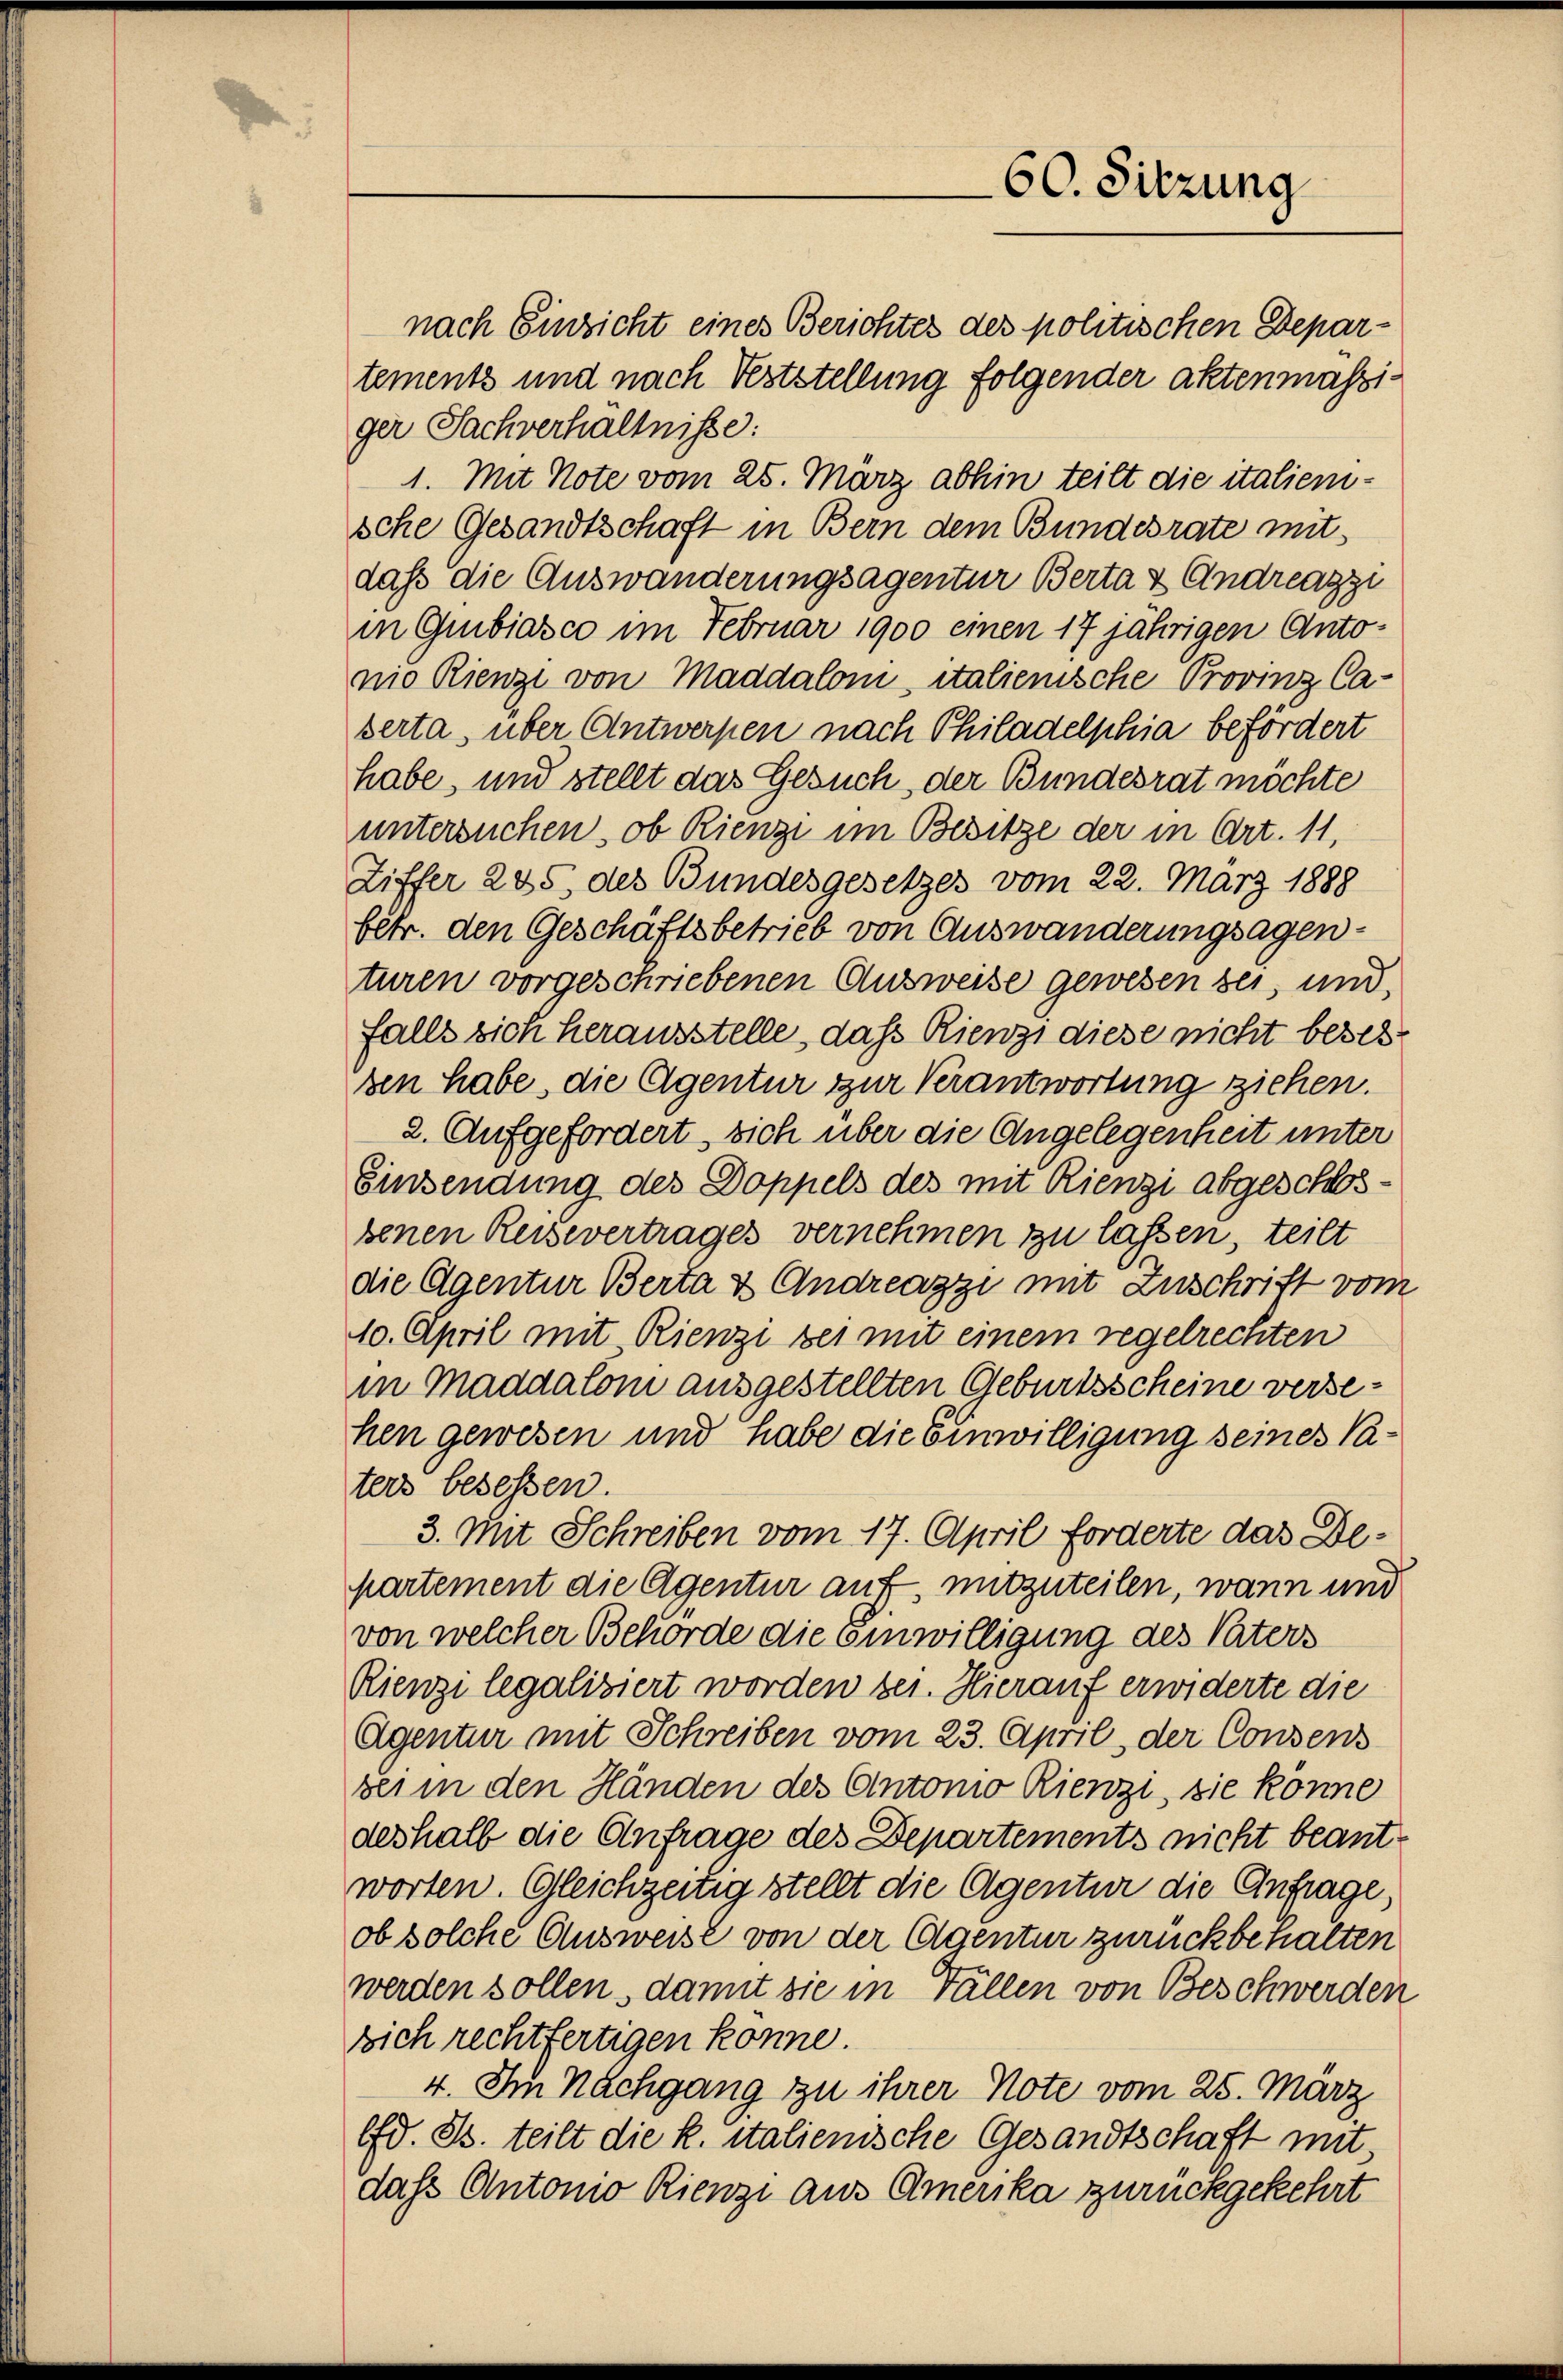
60. Sitzung

nach Einsicht eines Berichtes des politischen Departements und nach Veststellung folgender aktenmassiger Sachverhältnisse:
1. Mit Note vom 25. März abhin teilt die italiensche Gesandtschaft in Bern dem Bundesrate mit
daß die Auswanderungsagentur Berta & Andreazzi
in Gubiasco im Februar 1900 einen 17 jährigen Antonio Rienzi von Maddalom, italienische Provinz Ca-
serta, über Antwerpen nach Philadelphia befördert
habe, und stellt das Gesuch, der Bundesrat möchte
untersuchen, ob Rienze im Besitze der in Art. 11,
Ziffer 245, des Bundesgesetzes vom 22. März 1888
betr. den Geschäftsbetrieb von Auswanderungsagenturen vorgeschriebenen Ausweise gewesen sei, und
falls sich herausstelle, daß Rienz diese nicht besezsen habe, die Agentur zur Verantwortung ziehen.
2. Aufgefordert, sich über die Angelegenheit unter
Einsendung des Doppels des mit Rienzi abgeschlosbenen Reisevertrages vernehmen zu lassen, teilt
die Agentur Berta & Andreazzi mit Zuschrift vom
10. April mit Rienzi bei mit einem regelrechten
in Maddalom ausgestellten Geburtsscheine versehen gewesen und habe die Einwilligung seines Vaters besessen.
3. Mit Schreiben vom 17. April forderte das Departement die Agentur auf, mitzuteilen, wann und
von welcher Behörde die einwilligung des Vaters
Rienzi legaliziert worden sei. Hierauf erwiderte die
Agentur mit Schreiben vom 23. April, der Consens
bei in den Händen des Antonio Rienzi, sie könne
deshalb die Anfrage des Departements nicht beantworten. Gleichzeitig stellt die Agentur die Anfrage.
ob solche Ausweise von der Agentur zurückbehalten
werden sollen, damit sie in Fällen von Beschwerden
sich rechtfertigen könne.
4. Im Nachgang zu ihrer Note vom 25. März
Ed. B. teilt die k. italienische Gesandtschaft mit
dass Antonio Rienzi aus Amerika zurückgekehrt